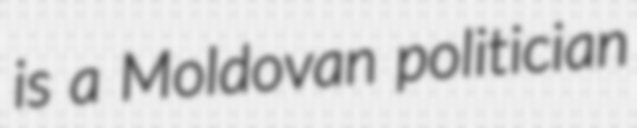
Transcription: is a Moldovan politician